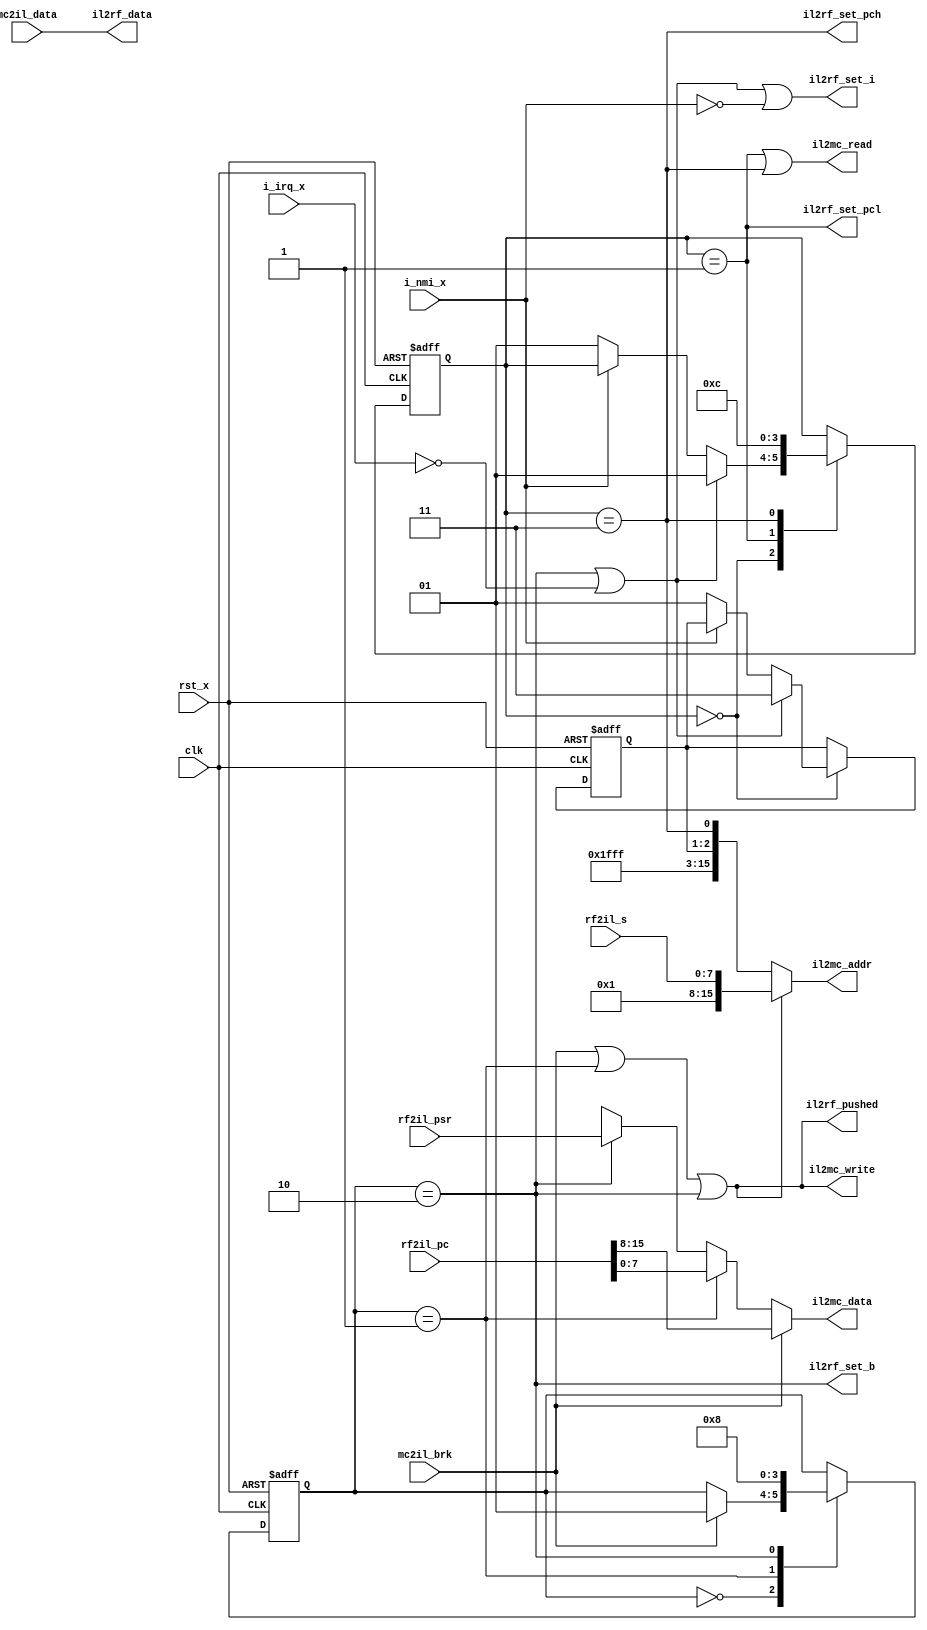
module MC6502InterruptLogic(
    clk,
    rst_x,
    i_irq_x,
    i_nmi_x,
    // MemoryController interfaces.
    mc2il_data,
    mc2il_brk,
    il2mc_addr,
    il2mc_read,
    il2mc_write,
    il2mc_data,
    // RegisterFile interfaces.
    rf2il_s,
    rf2il_psr,
    rf2il_pc,
    il2rf_set_i,
    il2rf_set_b,
    il2rf_data,
    il2rf_set_pcl,
    il2rf_set_pch,
    il2rf_pushed);
  input         clk;
  input         rst_x;
  input         i_irq_x;
  input         i_nmi_x;

  input  [ 7:0] mc2il_data;
  input         mc2il_brk;
  output [15:0] il2mc_addr;
  output        il2mc_read;
  output        il2mc_write;
  output [ 7:0] il2mc_data;

  input  [ 7:0] rf2il_s;
  input  [ 7:0] rf2il_psr;
  input  [15:0] rf2il_pc;
  output        il2rf_set_i;
  output        il2rf_set_b;
  output [ 7:0] il2rf_data;
  output        il2rf_set_pcl;
  output        il2rf_set_pch;
  output        il2rf_pushed;

  reg    [ 1:0] r_res_state;
  reg    [ 1:0] r_int_state;
  reg    [ 1:0] r_vector;

  wire          w_read_pcl;
  wire          w_read_pch;

  localparam VECTOR_NMI = 2'b01;
  localparam VECTOR_RES = 2'b10;
  localparam VECTOR_IRQ = 2'b11;
  localparam VECTOR_BRK = 2'b11;

  localparam S_RES_IDLE     = 2'b00;
  localparam S_RES_LOAD_PCL = 2'b01;
  localparam S_RES_LOAD_PCH = 2'b11;

  localparam S_INT_IDLE     = 2'b00;
  localparam S_INT_PUSH_PCL = 2'b01;
  localparam S_INT_PUSH_PSR = 2'b10;

  assign il2mc_addr    = il2mc_write ? { 8'h01, rf2il_s } :
                         { 12'hfff, 1'b1, r_vector, w_read_pch };
  assign il2mc_read    = w_read_pcl | w_read_pch;
  assign il2mc_write   = mc2il_brk | (r_int_state == S_INT_PUSH_PCL) |
                         (r_int_state == S_INT_PUSH_PSR);
  assign il2mc_data    = mc2il_brk ? rf2il_pc[15:8] :
                         (r_int_state == S_INT_PUSH_PCL) ? rf2il_pc[7:0] :
                         (r_int_state == S_INT_PUSH_PSR) ? rf2il_psr :
                          8'hxx;
  assign il2rf_set_i   = (r_int_state == S_INT_PUSH_PSR) | !i_irq_x | !i_nmi_x;
  assign il2rf_set_b   = r_int_state == S_INT_PUSH_PSR;
  assign il2rf_data    = mc2il_data;
  assign il2rf_set_pcl = w_read_pcl;
  assign il2rf_set_pch = w_read_pch;
  assign il2rf_pushed  = il2mc_write;

  assign w_read_pcl    = r_res_state == S_RES_LOAD_PCL;
  assign w_read_pch    = r_res_state == S_RES_LOAD_PCH;

  always @ (posedge clk or negedge rst_x) begin
    if (!rst_x) begin
      r_res_state  <= S_RES_LOAD_PCL;
      r_vector     <= VECTOR_RES;
    end else begin
      case (r_res_state)
        S_RES_IDLE: begin
          if (!i_irq_x | (r_int_state == S_INT_PUSH_PSR)) begin
            r_res_state  <= S_RES_LOAD_PCL;
            r_vector     <= VECTOR_IRQ;
          end else if (!i_nmi_x) begin
            r_res_state  <= S_RES_LOAD_PCL;
            r_vector     <= VECTOR_NMI;
          end
        end
        S_RES_LOAD_PCL: begin
          r_res_state  <= S_RES_LOAD_PCH;
        end
        S_RES_LOAD_PCH: begin
          r_res_state  <= S_RES_IDLE;
        end
      endcase  // r_res_state
    end
  end  // always @ (posedge clk or negedge rst_x)

  always @ (posedge clk or negedge rst_x) begin
    if (!rst_x) begin
      r_int_state <= S_INT_IDLE;
    end else begin
      case (r_int_state)
        S_INT_IDLE: begin
          if (mc2il_brk) begin
            r_int_state <= S_INT_PUSH_PCL;
          end
        end
        S_INT_PUSH_PCL: begin
          r_int_state <= S_INT_PUSH_PSR;
        end
        S_INT_PUSH_PSR: begin
          r_int_state <= S_INT_IDLE;
        end
      endcase  // r_int_state
    end
  end  // always @ (posedge clk or negedge rst_x)
endmodule